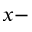
x -